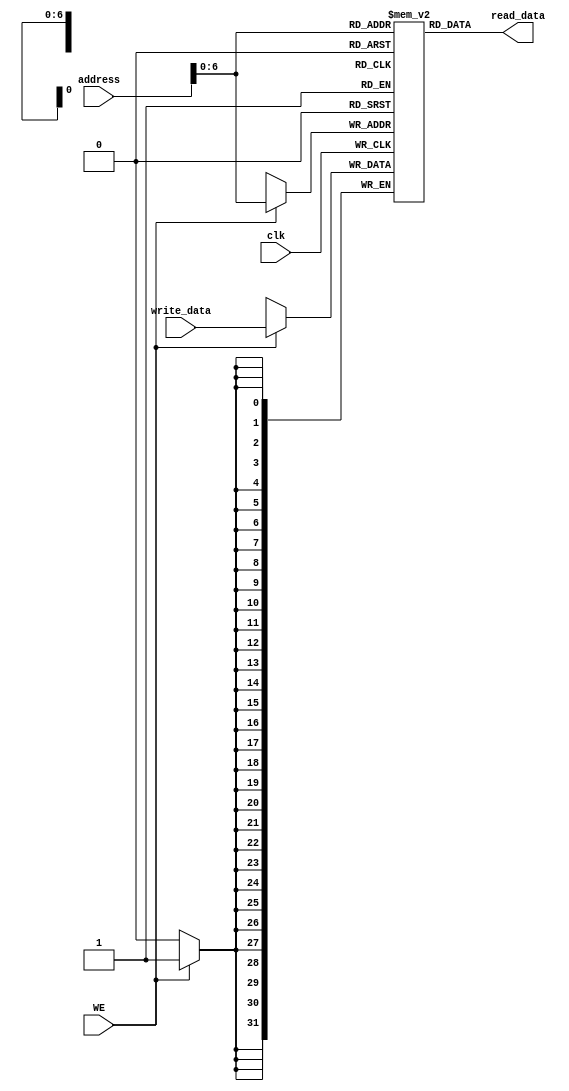
module data_mem #(parameter Addr = 32,WIDTH = 32,DEPTH = 100) (
    input wire clk,
    input wire WE,
    input wire [Addr-1:0] address,
    input wire [WIDTH-1:0] write_data,
    output wire [WIDTH-1:0] read_data
);

reg [WIDTH-1:0] mem [DEPTH:0];

always @(posedge clk) begin
    if(WE) begin
        mem[address] <= write_data;
    end   
end

assign read_data = mem[address];

endmodule